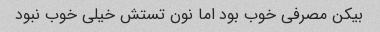
بیکن مصرفی خوب بود اما نون تستش خیلی خوب نبود